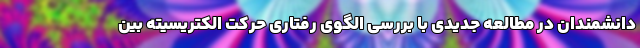
دانشمندان در مطالعه جدیدی با بررسی الگوی رفتاری حرکت الکتریسیته بین